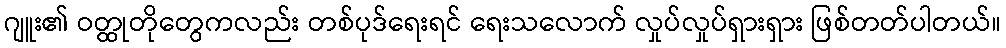
ဂျူး၏ ဝတ္ထုတိုတွေကလည်း တစ်ပုဒ်ရေးရင် ရေးသလောက် လှုပ်လှုပ်ရှားရှား ဖြစ်တတ်ပါတယ်။